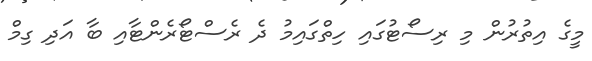
މީގެ އިތުރުން މި ރިސޯޓުގައި ހިތްގައިމު ދެ ރެސްޓޯރެންޓާއި ބާ އަދި ގިމް